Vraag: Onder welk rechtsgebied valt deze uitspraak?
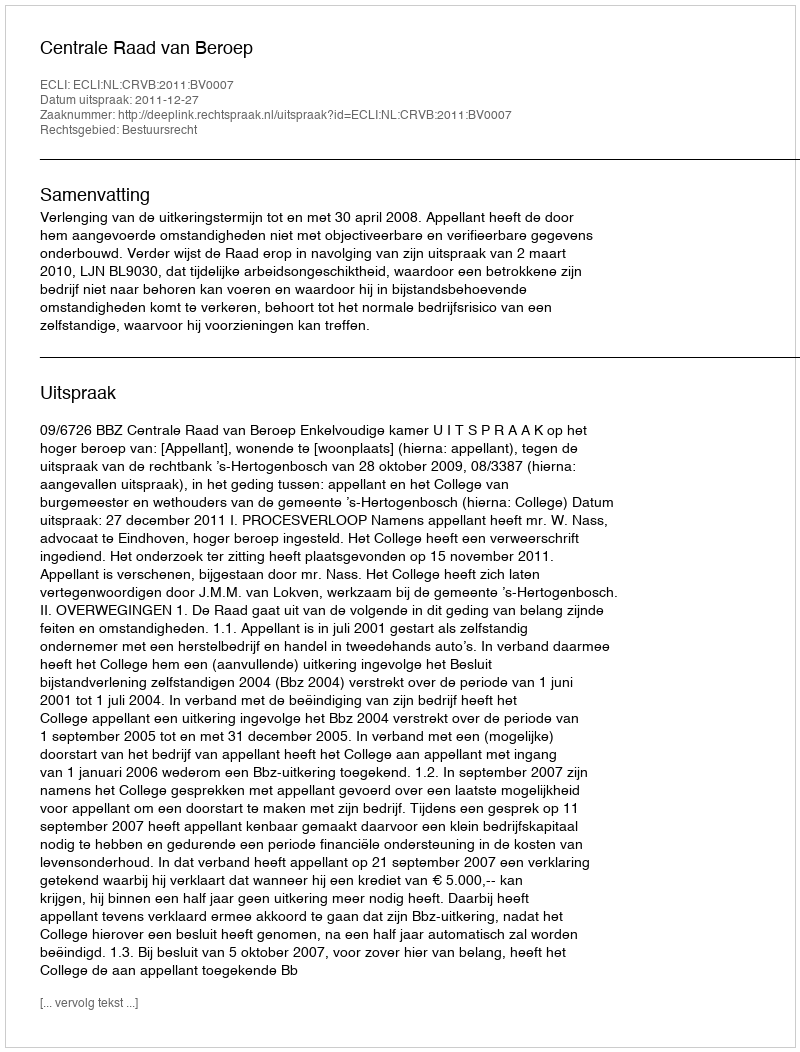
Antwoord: Bestuursrecht